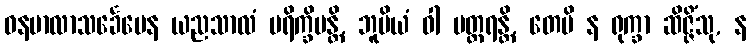
ဝနမာလာသင်္ခေပေန ယညသာလံ ပရိက္ခိပန္တိ, ဘူမိယံ ဝါ ပတ္ထရန္တိ, တေပိ န ရုက္ခာ ဆိဇ္ဇိံသု, န